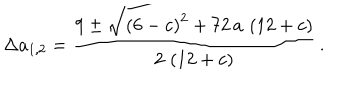
LaTeX: \Delta a _ { 1 , 2 } = \frac { 9 \pm { \sqrt { { \left( 6 - c \right) } ^ { 2 } + 7 2 \, a \, \left( 1 2 + c \right) } } } { 2 \, \left( 1 2 + c \right) } \, .